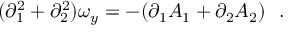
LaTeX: ( \partial _ { 1 } ^ { 2 } + \partial _ { 2 } ^ { 2 } ) \omega _ { y } = - ( \partial _ { 1 } A _ { 1 } + \partial _ { 2 } A _ { 2 } ) ~ ~ .